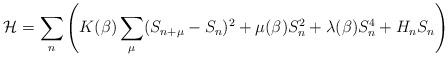
LaTeX: \begin{align*}{\cal H} = \sum_n \left ( K(\beta) \sum_{\mu} (S_{n+\mu} -S_n)^2+\mu(\beta) S_n^2 +\lambda(\beta) S_n^4 + H_n S_n \right )\end{align*}